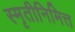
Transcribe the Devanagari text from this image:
स्मृतीनिमित्त